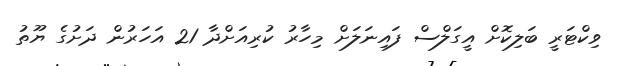
ވިކްޓަރީ ބަލިކޮށް އީގަލްސް ފައިނަލަށް މިހާރު ކުރިއަށްދާ 21 އަހަރުން ދަށުގެ ޔޫތު